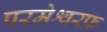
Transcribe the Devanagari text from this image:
परमेश्वरफ़